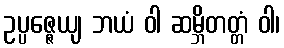
ဥပ္ပဇ္ဇေယျ ဘယံ ဝါ ဆမ္ဘိတတ္တံ ဝါ၊